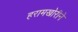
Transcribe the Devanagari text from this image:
हरामखोरीने